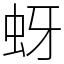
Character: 蚜